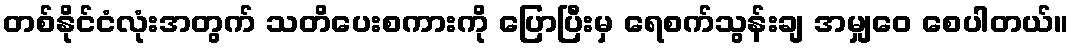
တစ်နိုင်ငံလုံးအတွက် သတိပေးစကားကို ပြောပြီးမှ ရေစက်သွန်းချ အမျှဝေ စေပါတယ်။